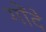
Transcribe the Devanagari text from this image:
गोंदे